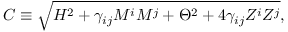
C \equiv \sqrt { H ^ { 2 } + \gamma _ { i j } M ^ { i } M ^ { j } + \Theta ^ { 2 } + 4 \gamma _ { i j } Z ^ { i } Z ^ { j } } ,